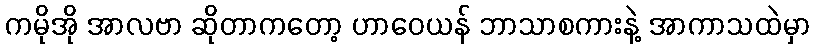
ကမိုအို အာလဗာ ဆိုတာကတော့ ဟာဝေယန် ဘာသာစကားနဲ့ အာကာသထဲမှာ